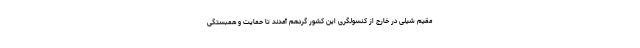
مقیم شیلی در خارج از کنسولگری این کشور گردهم آمدند تا حمایت و همبستگی